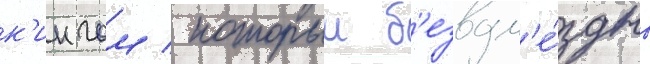
к'ингом / которыи б'езвозм'е́здно